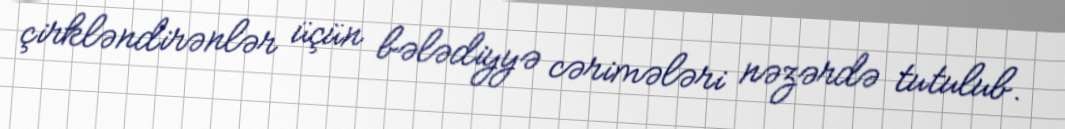
çirkləndirənlər üçün bələdiyyə cərimələri nəzərdə tutulub.